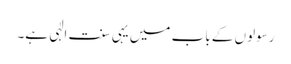
رسولوں کے باب میں یہی سنت الٰہی ہے۔